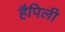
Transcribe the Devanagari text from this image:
हैपिली